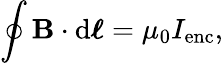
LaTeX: \oint\mathbf{B}\cdot\mathrm{d}{\boldsymbol{\ell}}=\mu_{0}I_{\mathrm{enc}},